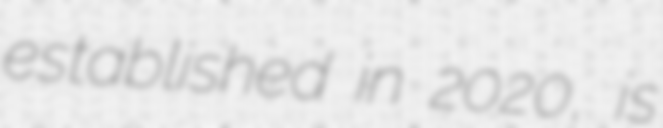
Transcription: established in 2020, is